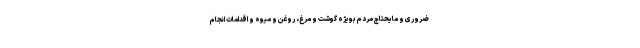
ضروری و مایحتاج مردم بویژه گوشت و مرغ، روغن و میوه و اقدامات انجام